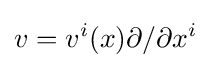
v=v^{i}(x)\partial /\partial x^{i}